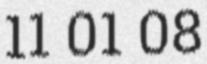
11 01 08